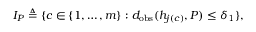
I _ { P } \triangleq \{ c \in \{ 1 , \dots , m \} : d _ { \mathrm { o b s } } ( h _ { j ( c ) } , P ) \leq \delta _ { 1 } \} ,